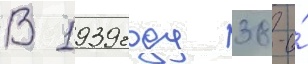
В 1939 году 38-и́